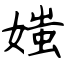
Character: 媸